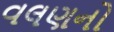
વલણનો